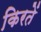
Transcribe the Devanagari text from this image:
किरतें